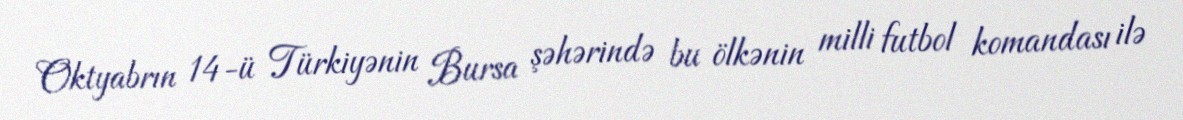
Oktyabrın 14-ü Türkiyənin Bursa şəhərində bu ölkənin milli futbol komandası ilə